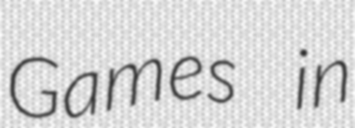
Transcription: Games in